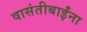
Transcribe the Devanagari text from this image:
वासंतीबाईंना